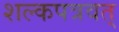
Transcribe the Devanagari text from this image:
शल्कपत्रवत्‌